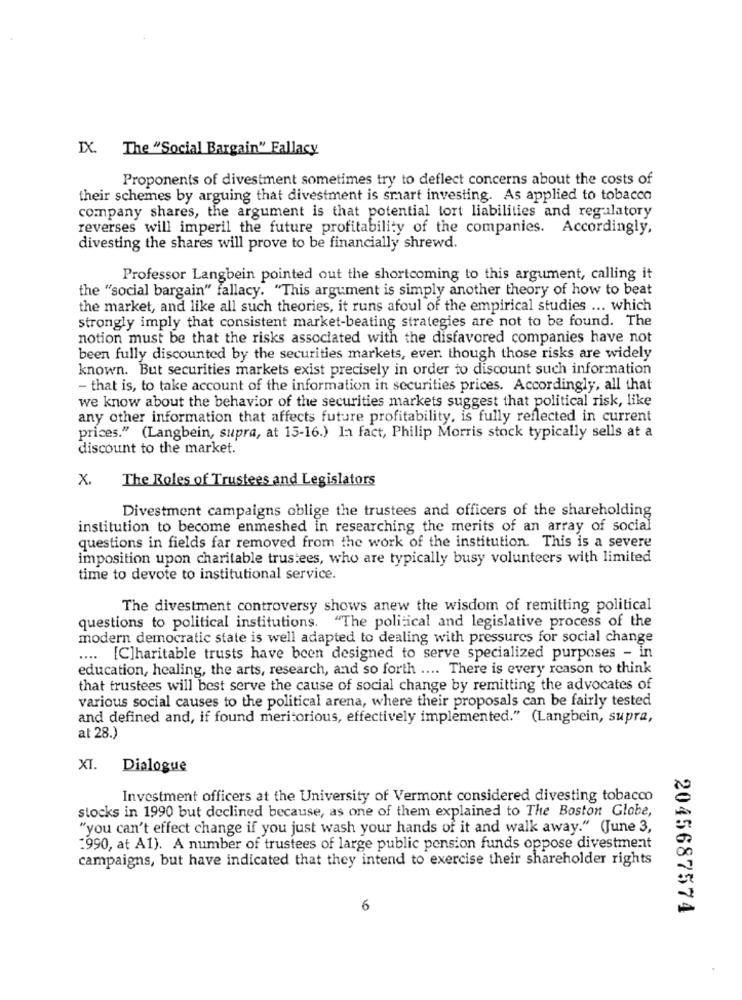
IX. The "Social Bargain" Fallacy
Proponents of divestment sometimes try to deflect concerns about the costs of
their schemes by arguing that divestment is smart investing. As applied to tobacco
company shares, the argument is that potential tort liabilities and regulatory
reverses will imperil the future profitability of the companies. Accordingly,
divesting the shares will prove to be financially shrewd.
Professor Langbein pointed out the shortcoming to this argument, calling it
the "social bargain" fallacy. "This argument is simply another theory of how to beat
the market, and like all such theories, it runs afoul of the empirical studies ... which
strongly imply that consistent market-beating strategies are not to be found. The
notion must be that the risks associated with the disfavored companies have not
been fully discounted by the securities markets, even though those risks are widely
known. But securities markets exist precisely in order to discount such information
- that is, to take account of the information in securities prices. Accordingly, all that
we know about the behavior of the securities markets suggest that political risk, like
any other information that affects future profitability, is fully reflected in current
prices." (Langbein, supra, at 15-16.) In fact, Philip Morris stock typically sells at a
discount to the market.
The Roles of Trustees and Legislators
X.
Divestment campaigns oblige the trustees and officers of the shareholding
institution to become enmeshed in researching the merits of an array of social
questions in fields far removed from the work of the institution. This is a severe
imposition upon charitable trustees, who are typically busy volunteers with limited
time to devote to institutional service.
The divestment controversy shows anew the wisdom of remitting political
questions to political institutions. "The political and legislative process of the
modern democratic state is well adapted to dealing with pressures for social change
.[Charitable trusts have been designed to serve specialized purposes - in
education, healing, the arts, research, and so forth .... There is every reason to think
that trustees will best serve the cause of social change by remitting the advocates of
various social causes to the political arena, where their proposals can be fairly tested
and defined and, if found meritorious, effectively implemented." (Langbein, supra,
at 28.)
XI.
Dialogue
Investment officers at the University of Vermont considered divesting tobacco
stocks in 1990 but declined because, as one of them explained to The Boston Globe,
"you can't effect change if you just wash your hands of it and walk away." (June 3,
:990, at A1). A number of trustees of large public pension funds oppose divestment
campaigns, but have indicated that they intend to exercise their shareholder rights
6
2045687574